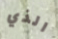
الذي